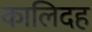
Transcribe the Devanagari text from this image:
कालिदह